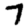
Digit: 7